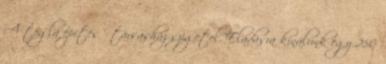
A tégla építésű társasház szigetel. Eladásra kínálunk egy 250